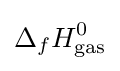
\Delta _{f}H_{\text{gas}}^{0}